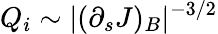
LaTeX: Q_{i}\sim|(\partial_{s}J)_{B}|^{-3/2}